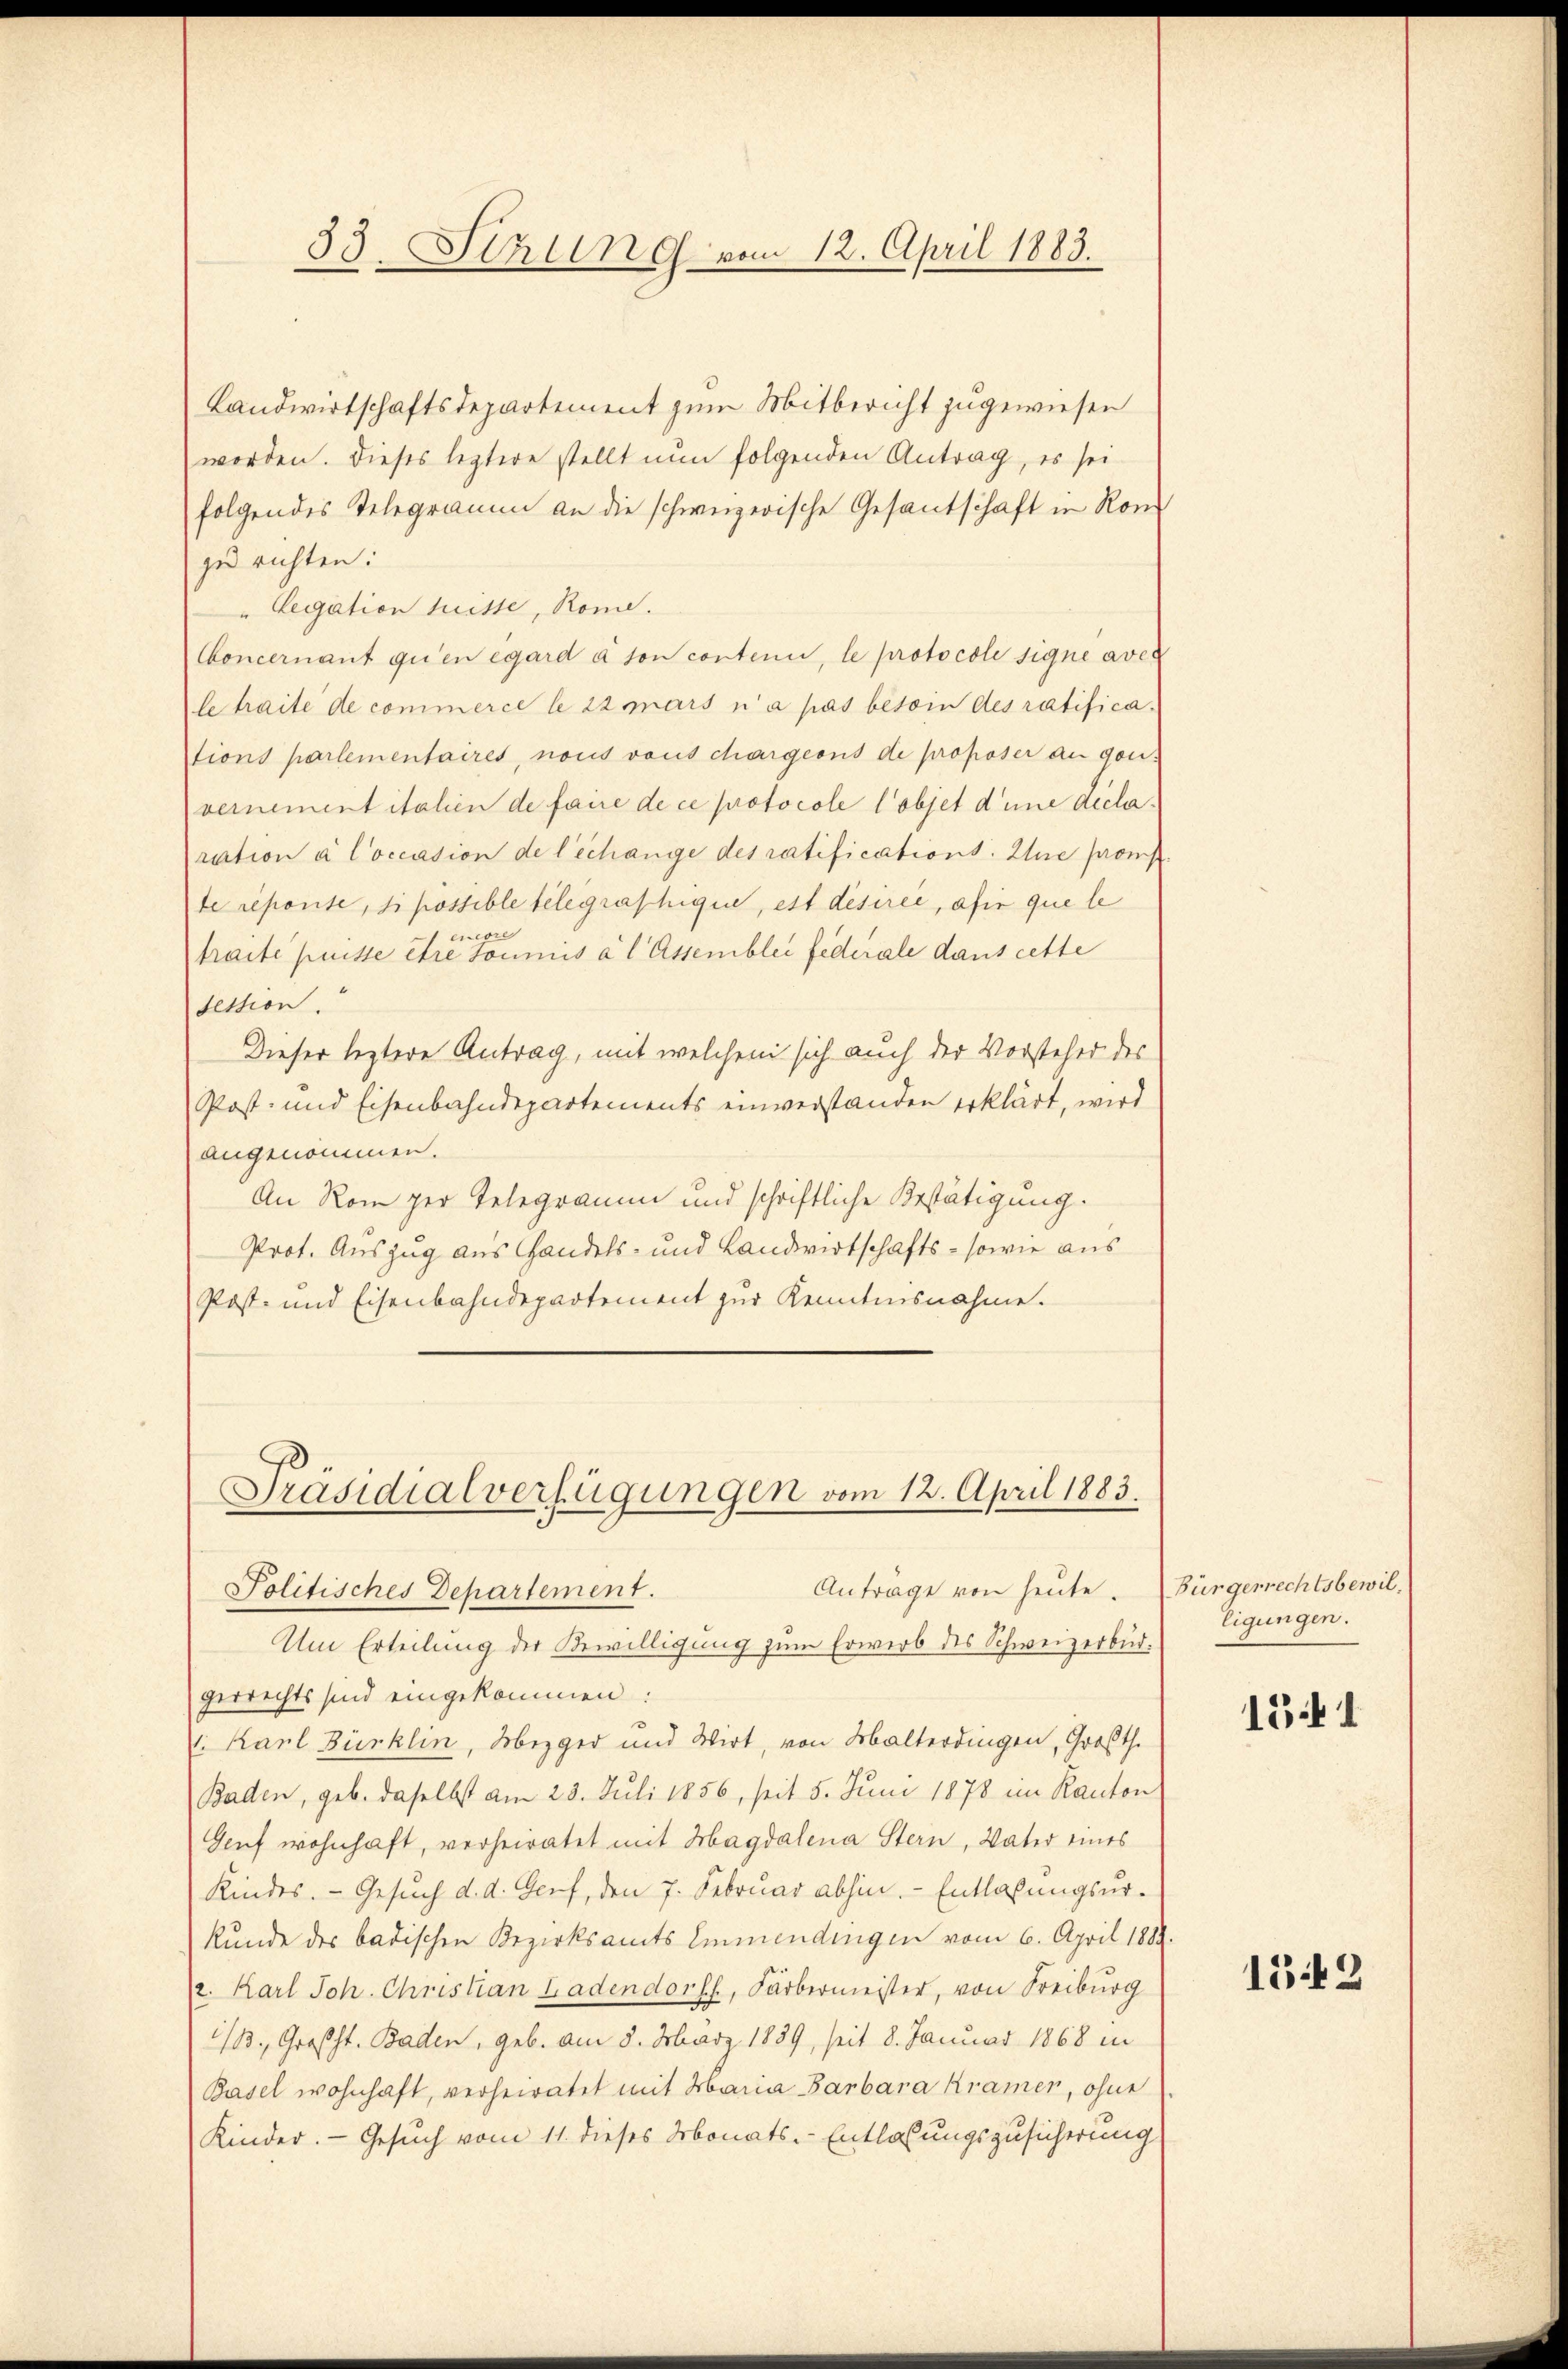
Landwirtschaftsdepartement zum Mitbericht zugewiesen
worden. Dieses leztere stellt nun folgenden Antrag, es sei
folgendes Telegramm an die schweizerische Gesantschaft in Ronzu richten:
" Legation tritte, Rome.
Concernant qu’en égard à son contenu, le protocole signe aver
le traite de commerce le 22 mars n’a pas besoin des ratifications partementaires, nous vous chargions de proposer an gen
vernementitalien de faire de ce protocole l’objet d’une declaration à Coccasion de l’échange des ratifications. Zue promp
te reponte, si possible telegraphique, est désirer, afin que le
traite puisse etwa sous a l Assembler federale dans cette
Section.
Dieser leztere Antrag, mit welchem sich auch der Vorsteher des
Post- und Eisenbahndepartements einverstanden erklärt, wird
angenommen.
An Rom per Telegramm und schriftliche Bestätigung.
Prot. Auszug aus Handels- und Landwirtschafts - sowie aus
Post- und Eisenbahndepartement zur Kenntnisnahme.

33. Stzung vom 12. April 1883.

Präsidialverfügungen vom 12. April 1883.
Antrage von heute. (Bürgerrechtsbewil
Politisches Departement.
Um Erteilung der Bewilligung zum Erwerb des Schweizerbür¬

gerrechts sind eingekommen:
. Karl Bürklin, Mezger und Wirt, von Malterdingen, Großh.
Baden, geb. daselbst am 23. Juli 1856, seit 5. Juni 1878 im Kanton
Genf wohnhaft, verheiratet mit Hagdalena Stern, Vater eines
Kindes. - Gesuch d. d. Genf, den 7. Februar abhin. - Entlaßungsurkunde des badischen Bezirksamts Emmendingen vom 6. April 1884.
a. Karl Joh. Christian Ladendorff, Färbermeister, von Freiburg
1/3. Großst. Baden, geb. am 8. März 1889, seit 8. Januar 1868 in
Basel wohnhaft, verheiratet mit Maria Barbara Kramer, ohne
Kinder. — Gesuch vom 11. dieses Monats-Entlassungszusicherung

ligungen.

1541

1542